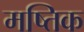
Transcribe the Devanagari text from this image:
मष्तिक